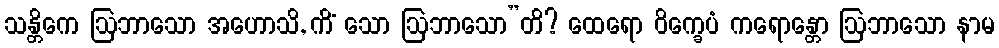
သန္တိကေ ဩဘာသော အဟောသိ, ကိံ သော ဩဘာသော”တိ? ထေရော ဝိက္ခေပံ ကရောန္တော ဩဘာသော နာမ